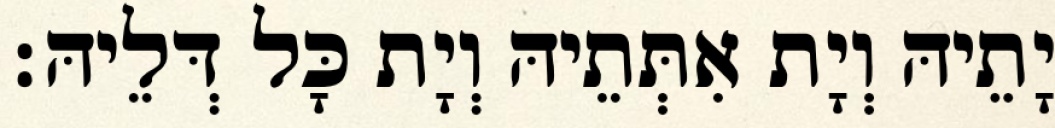
יָתֵיהּ וְיָת אִתְּתֵיהּ וְיָת כָּל דְּלֵיהּ׃